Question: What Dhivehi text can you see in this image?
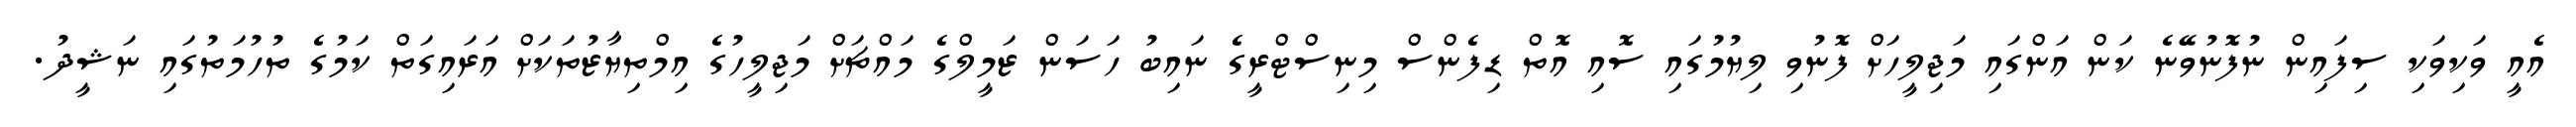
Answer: އެއީ ވަކިވަކި ސިފައިން ނުފޮނުވޭނެ ކަން އަންގައި މަޖިލީހަށް ފޮނުވި ލިޔުމުގައި ސޮއި އޮތް ޑިފެންސް މިނިސްޓްރީގެ ނައިބު ހަސަން ޒަމީލްގެ މައްޗަށް މަޖިލީހުގެ އިމްތިޔާޒުތަކަށް އަރައިގަތް ކަމުގެ ތުހުމަތުގައި ނަޝީދު.